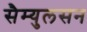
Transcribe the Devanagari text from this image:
सैम्युलसन